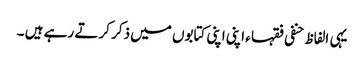
یہی الفاظ حنفی فقہا ء اپنی اپنی کتابوں میں ذکر کرتے رہے ہیں ۔